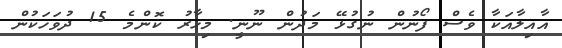
އާއިލާއަކާ ވެސް ފޯނުން ނުގުޅޭ މަދުން ނޫނީ. މިހާރު ކޮންމެ 15 ދުވަހަކުން